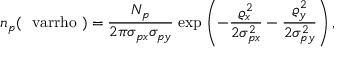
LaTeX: n _ { p } ( { \mathrm { \boldmath ~ \ v a r r h o ~ } } ) = { \frac { N _ { p } } { 2 \pi \sigma _ { p x } \sigma _ { p y } } } \; \mathrm { e x p } \left( - { \frac { \varrho _ { x } ^ { 2 } } { 2 \sigma _ { p x } ^ { 2 } } } - { \frac { \varrho _ { y } ^ { 2 } } { 2 \sigma _ { p y } ^ { 2 } } } \right) ,